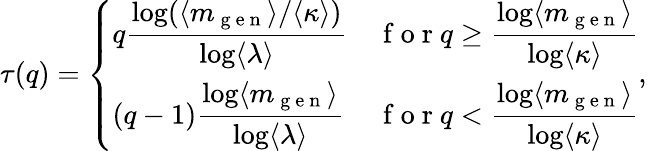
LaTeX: \tau(q)=\left\{ \begin{array}{ll}{q\displaystyle\frac{\log(\langle m_{\mathrm{~g~e~n~}}\rangle/\langle\kappa\rangle)}{\log\langle\lambda\rangle}}&{\mathrm{~f~o~r~}q\ge\displaystyle\frac{\log\langle m_{\mathrm{~g~e~n~}}\rangle}{\log\langle\kappa\rangle}}\\ {(q-1)\displaystyle\frac{\log\langle m_{\mathrm{~g~e~n~}}\rangle}{\log\langle\lambda\rangle}}&{\mathrm{~f~o~r~}q<\displaystyle\frac{\log\langle m_{\mathrm{~g~e~n~}}\rangle}{\log\langle\kappa\rangle}}\end{array}\right.,